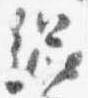
総